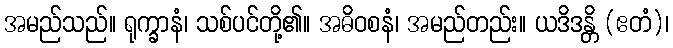
အမည်သည်။ ရုက္ခာနံ၊ သစ်ပင်တို့၏။ အဓိဝစနံ၊ အမည်တည်း။ ယဒိဒန္တိ (ဧတံ)၊